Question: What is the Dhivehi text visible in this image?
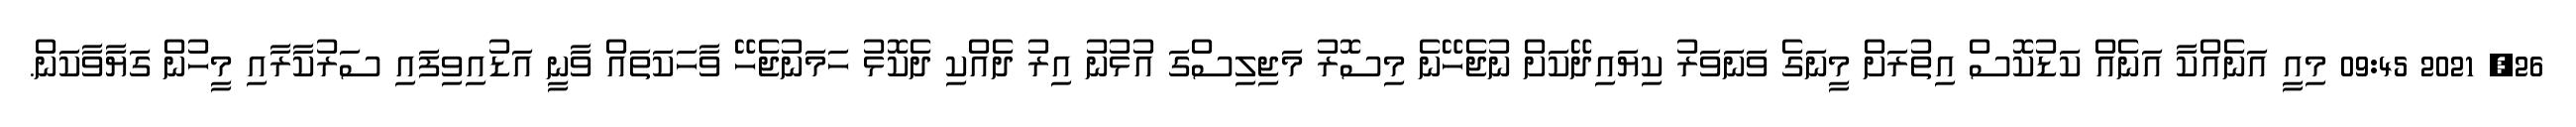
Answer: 26, 2021 09:45 މިއީ އަނެއްކާ އަނެއް ކަޑުކޮސް އިތުރަށް މީނަގެ ވަނަވަރު ކިޔައިދޭކަށް ނުޖެހޭނެ މިސޮރު މަޖިލިސްގަ އުޅުނު އިރު ދެއްކި ދެކޮޅު ހަމަނުޖެހޭ ވާހަކަތައް ވާނީ އަޑުއިވިފައި ސަރުކާރާއި މީހުން ގަޔާވާކަން.